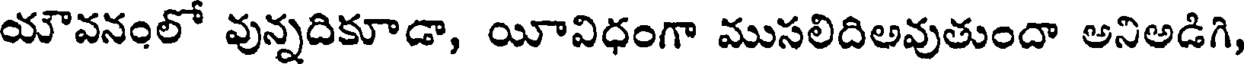
యౌవనంలో వున్నదికూడా, యీవిధంగా ముసలిదిఅవుతుందా అనిఅడిగి,